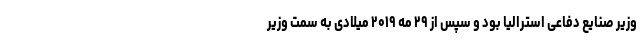
وزیر صنایع دفاعی استرالیا بود و سپس از ۲۹ مه ۲۰۱۹ میلادی به سمت وزیر